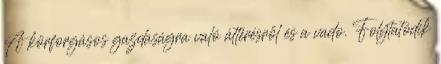
A körforgásos gazdaságra való áttérésről és a vado. Folytatódik